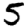
Digit: 5